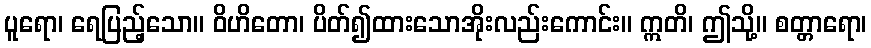
ပူရော၊ ရေပြည့်သော။ ဝိဟိတော၊ ပိတ်၍ထားသောအိုးလည်းကောင်း။ ဣတိ၊ ဤသို့။ စတ္တာရော၊